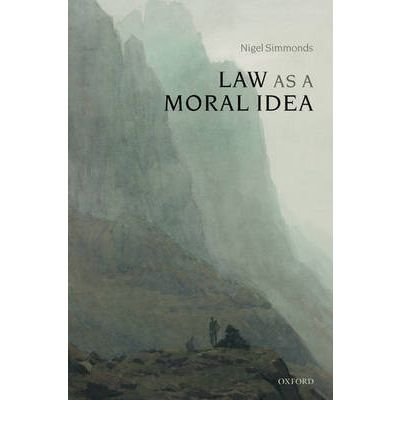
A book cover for Law as a Moral Idea (Hardback) - Common; By (author) Nigel Simmonds; Law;